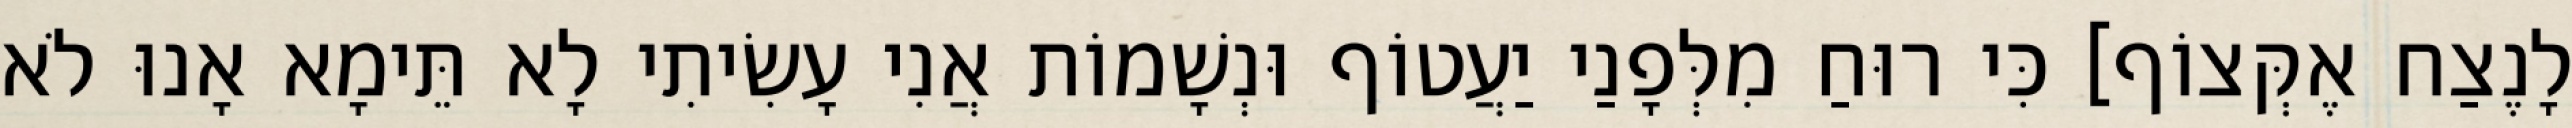
לָנֶצַח אֶקְּצוֹף] כִּי רוּחַ מִלְּפָנַי יַעֲטוֹף וּנְשָׁמוֹת אֲנִי עָשִׂיתִי לָא תֵּימָא אָנוּ לֹא